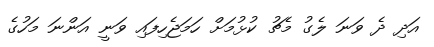
އަދި ދެ ވަނަ ލެގު މެޗު ކުޅުމަށް ހަމަޖެހިފައި ވަނީ އަންނަ މަހުގެ